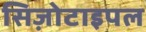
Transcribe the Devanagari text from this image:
सिज़ोटाइपल